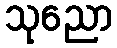
သုညော